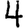
Digit: 4